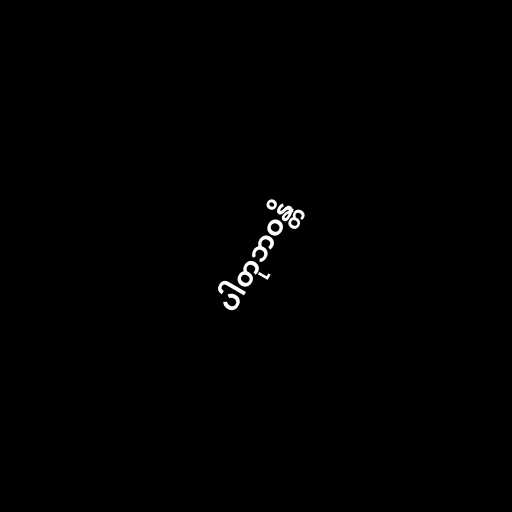
ပါတုဘဝန္တိ